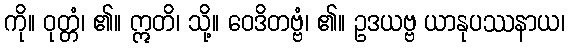
ကို။ ဝုတ္တံ၊ ၏။ ဣတိ၊ သို့။ ဝေဒိတဗ္ဗံ၊ ၏။ ဥဒယဗ္ဗ ယာနုပဿနာယ၊